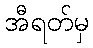
အီရတ်မှ